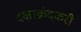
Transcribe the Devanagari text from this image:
दक्षाक्रंदकरी